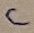
Text: C